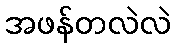
အဖန်တလဲလဲ